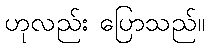
ဟုလည်း ပြောသည်။